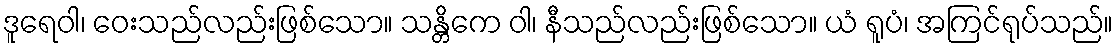
ဒူရေဝါ၊ ဝေးသည်လည်းဖြစ်သော။ သန္တိကေ ဝါ၊ နီသည်လည်းဖြစ်သော။ ယံ ရူပံ၊ အကြင်ရုပ်သည်။